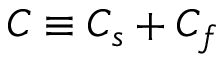
C \equiv C _ { s } + C _ { f }